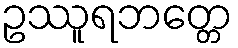
ဥဿူရဘတ္တေ